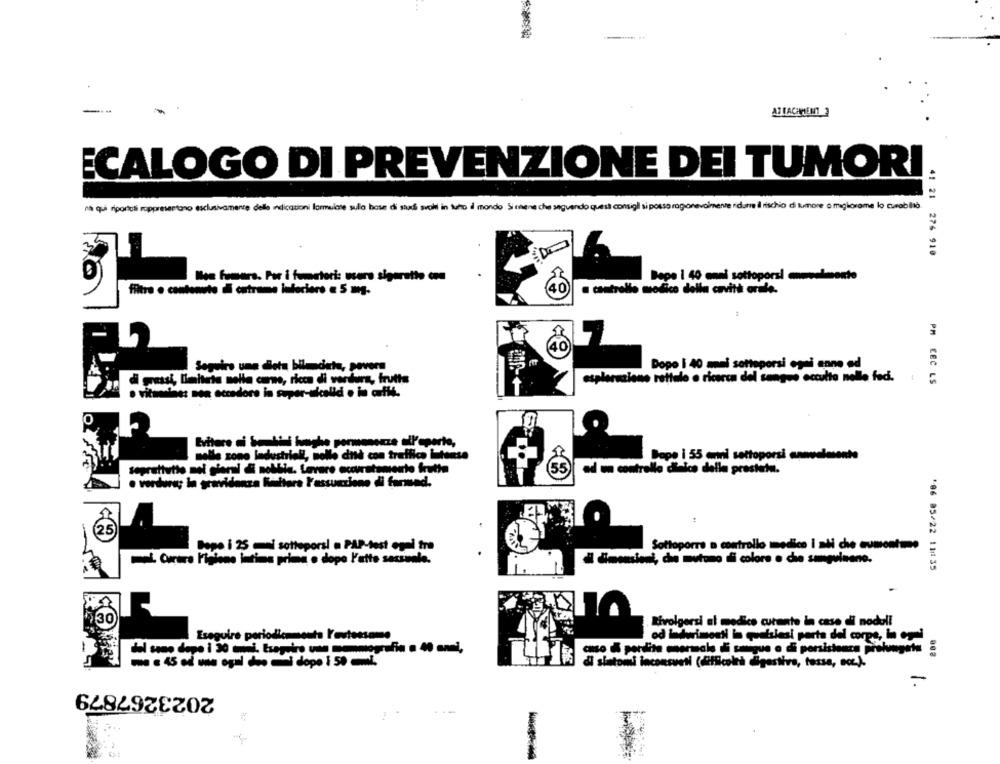
ATTACHMENT 3
ECALOGO DI PREVENZIONE DEI TUMORI
Na qui riportati rappresentano esclusivamente dele indicazioni formulate sula base di studi svali in tutto il mondo Si nagne che seguendo questi consigli si posso ragionevolmente ridurre il rischio di tumore o megliorome lo curabilità.
41 21 276 910
Bee fumars. Por i fumatori: users sigarette a
Pape 1 40 anni sottoporsi aumecimento
cantrello modico della cavità orale.
filtro . contenute dl catrame interiors « 5 mg.
Seguirs une Bleta bilendata, povera
Dopo 1 40 mmdi sottoporsi ogni sono ed
gr di gassk, limitata nella cane, ricca di verdure, frutta
esplorazione rettale o ricerca del sangue occulta nelle fedi.
o vitnesine: non eccnore in super-skalld . i
Evitare ai bambini haghe pormenorze all'aperto,
nelle zone Industriali, molle dnsà con traffico intense
Dopo i 55 cmnil settoporsi annualmente
soprattutto not sier & nollis. Levare accuratamente fruthe
ad un controllo laico della presteia.
· vordway In gravidanza Richtera Yassunzione di farund.
Depe i 25 mai sottoporsi . PAP-test ogel tra
Sottoporre a controllo medico i ali che aumentome
mai Curare ligione intima prima o dopo l'atto sessuale.
imensioni, che mutano il colore o che sanguinano.
*06 05/22 11|135
30
Rivolgersi al medico curante in caso di noduli
Eseguire periodicmmouta l'evteesame
od indwimenti in qualsiasi porta del corpe, i op-i
di statomi inconsueti (difficoltà digestiva, tassa, ecc.).
-
2023267879